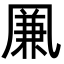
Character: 凲